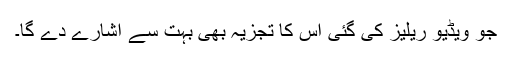
جو ویڈیو ریلیز کی گئی اس کا تجزیہ بھی بہت سے اشارے دے گا۔